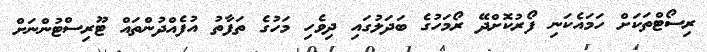
ރިސޯޓްތަކަށް ހަމައެކަނި ފޯރުކޮށްދޭ ރޯމަހުގެ ބަދަލުގައި ދިވެހި މަހުގެ ތަފާތު އުފެއްދުންތައް ޓޫރިސްޓުންނަށް